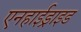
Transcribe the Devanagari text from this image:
एनहाईड्राइड